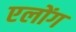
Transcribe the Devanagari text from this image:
एलोंग